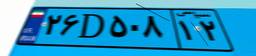
۸۷D۸۶۰۸۵